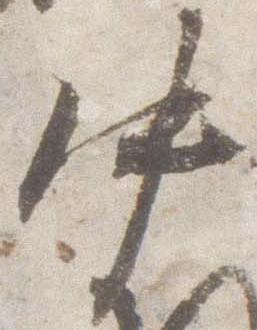
中